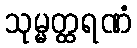
သုမ္မတ္ထရဏံ